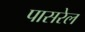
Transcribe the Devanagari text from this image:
पासरेल